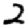
Digit: 2